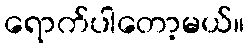
ရောက်ပါတော့မယ်။